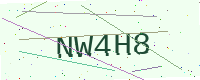
Text: NW4H8